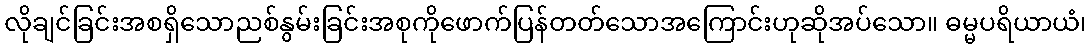
လိုချင်ခြင်းအစရှိသောညစ်နွမ်းခြင်းအစုကိုဖောက်ပြန်တတ်သောအကြောင်းဟုဆိုအပ်သော။ ဓမ္မပရိယာယံ၊